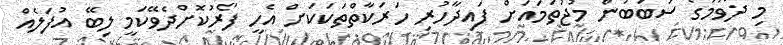
މި ދުވުމުގެ ސަބަބުން މުޖުތަމައަށް ފައިދާހުރި ހަރަކާތްތަކަކަށް އެހީ ފޯރުކޮށްދެވޭކަމީ ލިބޭ އުފަލެއް